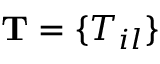
\mathbf { T } = \{ T _ { i l } \}